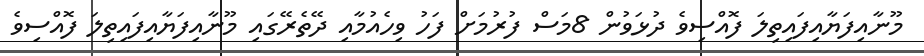
މޫނާއިފަޔާއިފައިތިލަ ފޮއްސިވެ ދުޅަވުން 8މަސް ފުރުމަށް ފަހު ވިހެއުމާއި ދޭތެރޭގައި މޫނާއިފަޔާއިފައިތިލަ ފޮއްސިވެ